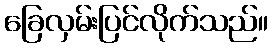
ခြေလှမ်းပြင်လိုက်သည်။